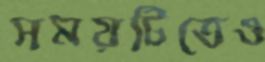
সময়টিতেও